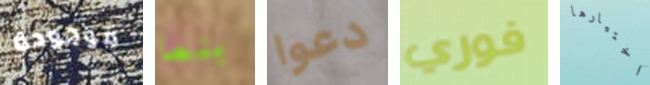
موجودة بنما دعوا فوري اختيارها